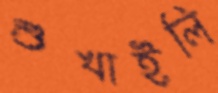
শুখাইলি